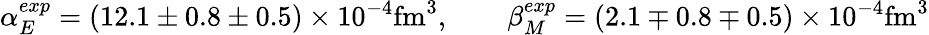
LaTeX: \alpha_{E}^{exp}=(12.1\pm 0.8\pm 0.5)\times 10^{-4}\mathrm{fm}^{3},\qquad\beta_{M}^{exp}=(2.1\mp 0.8\mp 0.5)\times 10^{-4}\mathrm{fm}^{3}